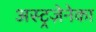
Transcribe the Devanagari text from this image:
अस्ट्रज़ेनेका